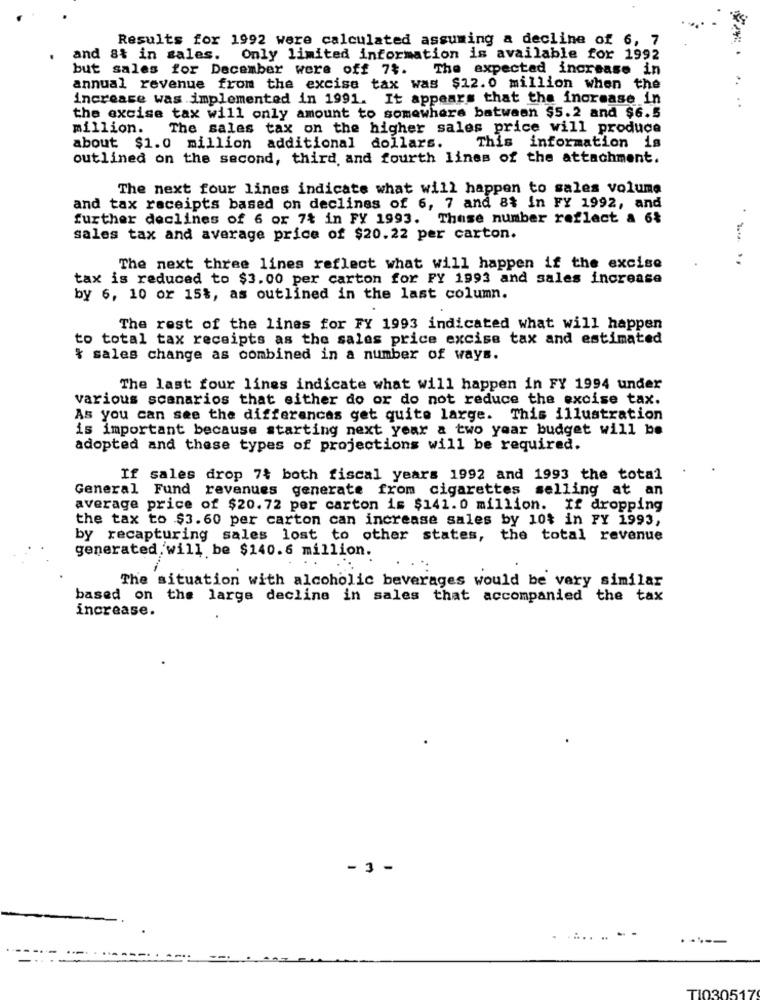
Results for 1992 were calculated assuming a decline of 6, 7
and st in sales.
Only limited information is available for 1992
but sales for December were off 7$.
The expected increase in
annual revenue from the excise tax was $12.0 million when the
increase was implemented in 1991. It appears that the increase in
the excise tax will only amount to somewhere between $5.2 and $6.5
million.
The sales tax on the higher sales price will produce
about $1.0 million additional dollars.
This information is
outlined on the second, third and fourth lines of the attachment.
The next four lines indicate what will happen to sales volume
and tax receipts based on declines of 6, 7 and 8% in FY 1992, and
further declines of 6 or 7% in FY 1993. These number reflect a 6%
sales tax and average price of $20.22 per carton.
The next three lines reflect what will happen if the excise
tax is reduced to $3.00 per carton for FY 1993 and sales increase
by 6, 10 or 15%, as outlined in the last column.
The rest of the lines for FY 1993 indicated what will happen
to total tax receipts as the sales price excise tax and estimated
& sales change as combined in a number of ways.
The last four lines indicate what will happen in FY 1994 under
various scanarios that either do or do not reduce the excise tax.
As you can see the differences get quite large. This illustration
is important because starting next year a two year budget will be
adopted and these types of projections will be required.
If sales drop 7; both fiscal years 1992 and 1993 the total
General Fund revenues generate from cigarettes selling at an
average price of $20.72 per carton is $141.0 million. If dropping
the tax to $3.60 per carton can increase sales by 10% in FY 1993,
by recapturing sales lost to other states, the total revenue
generated will be $140.6 million.
The situation with alcoholic beverages would be very similar
based on the large decline in sales that accompanied the tax
increase.
.
- 3 -
...... --
-----
TIO